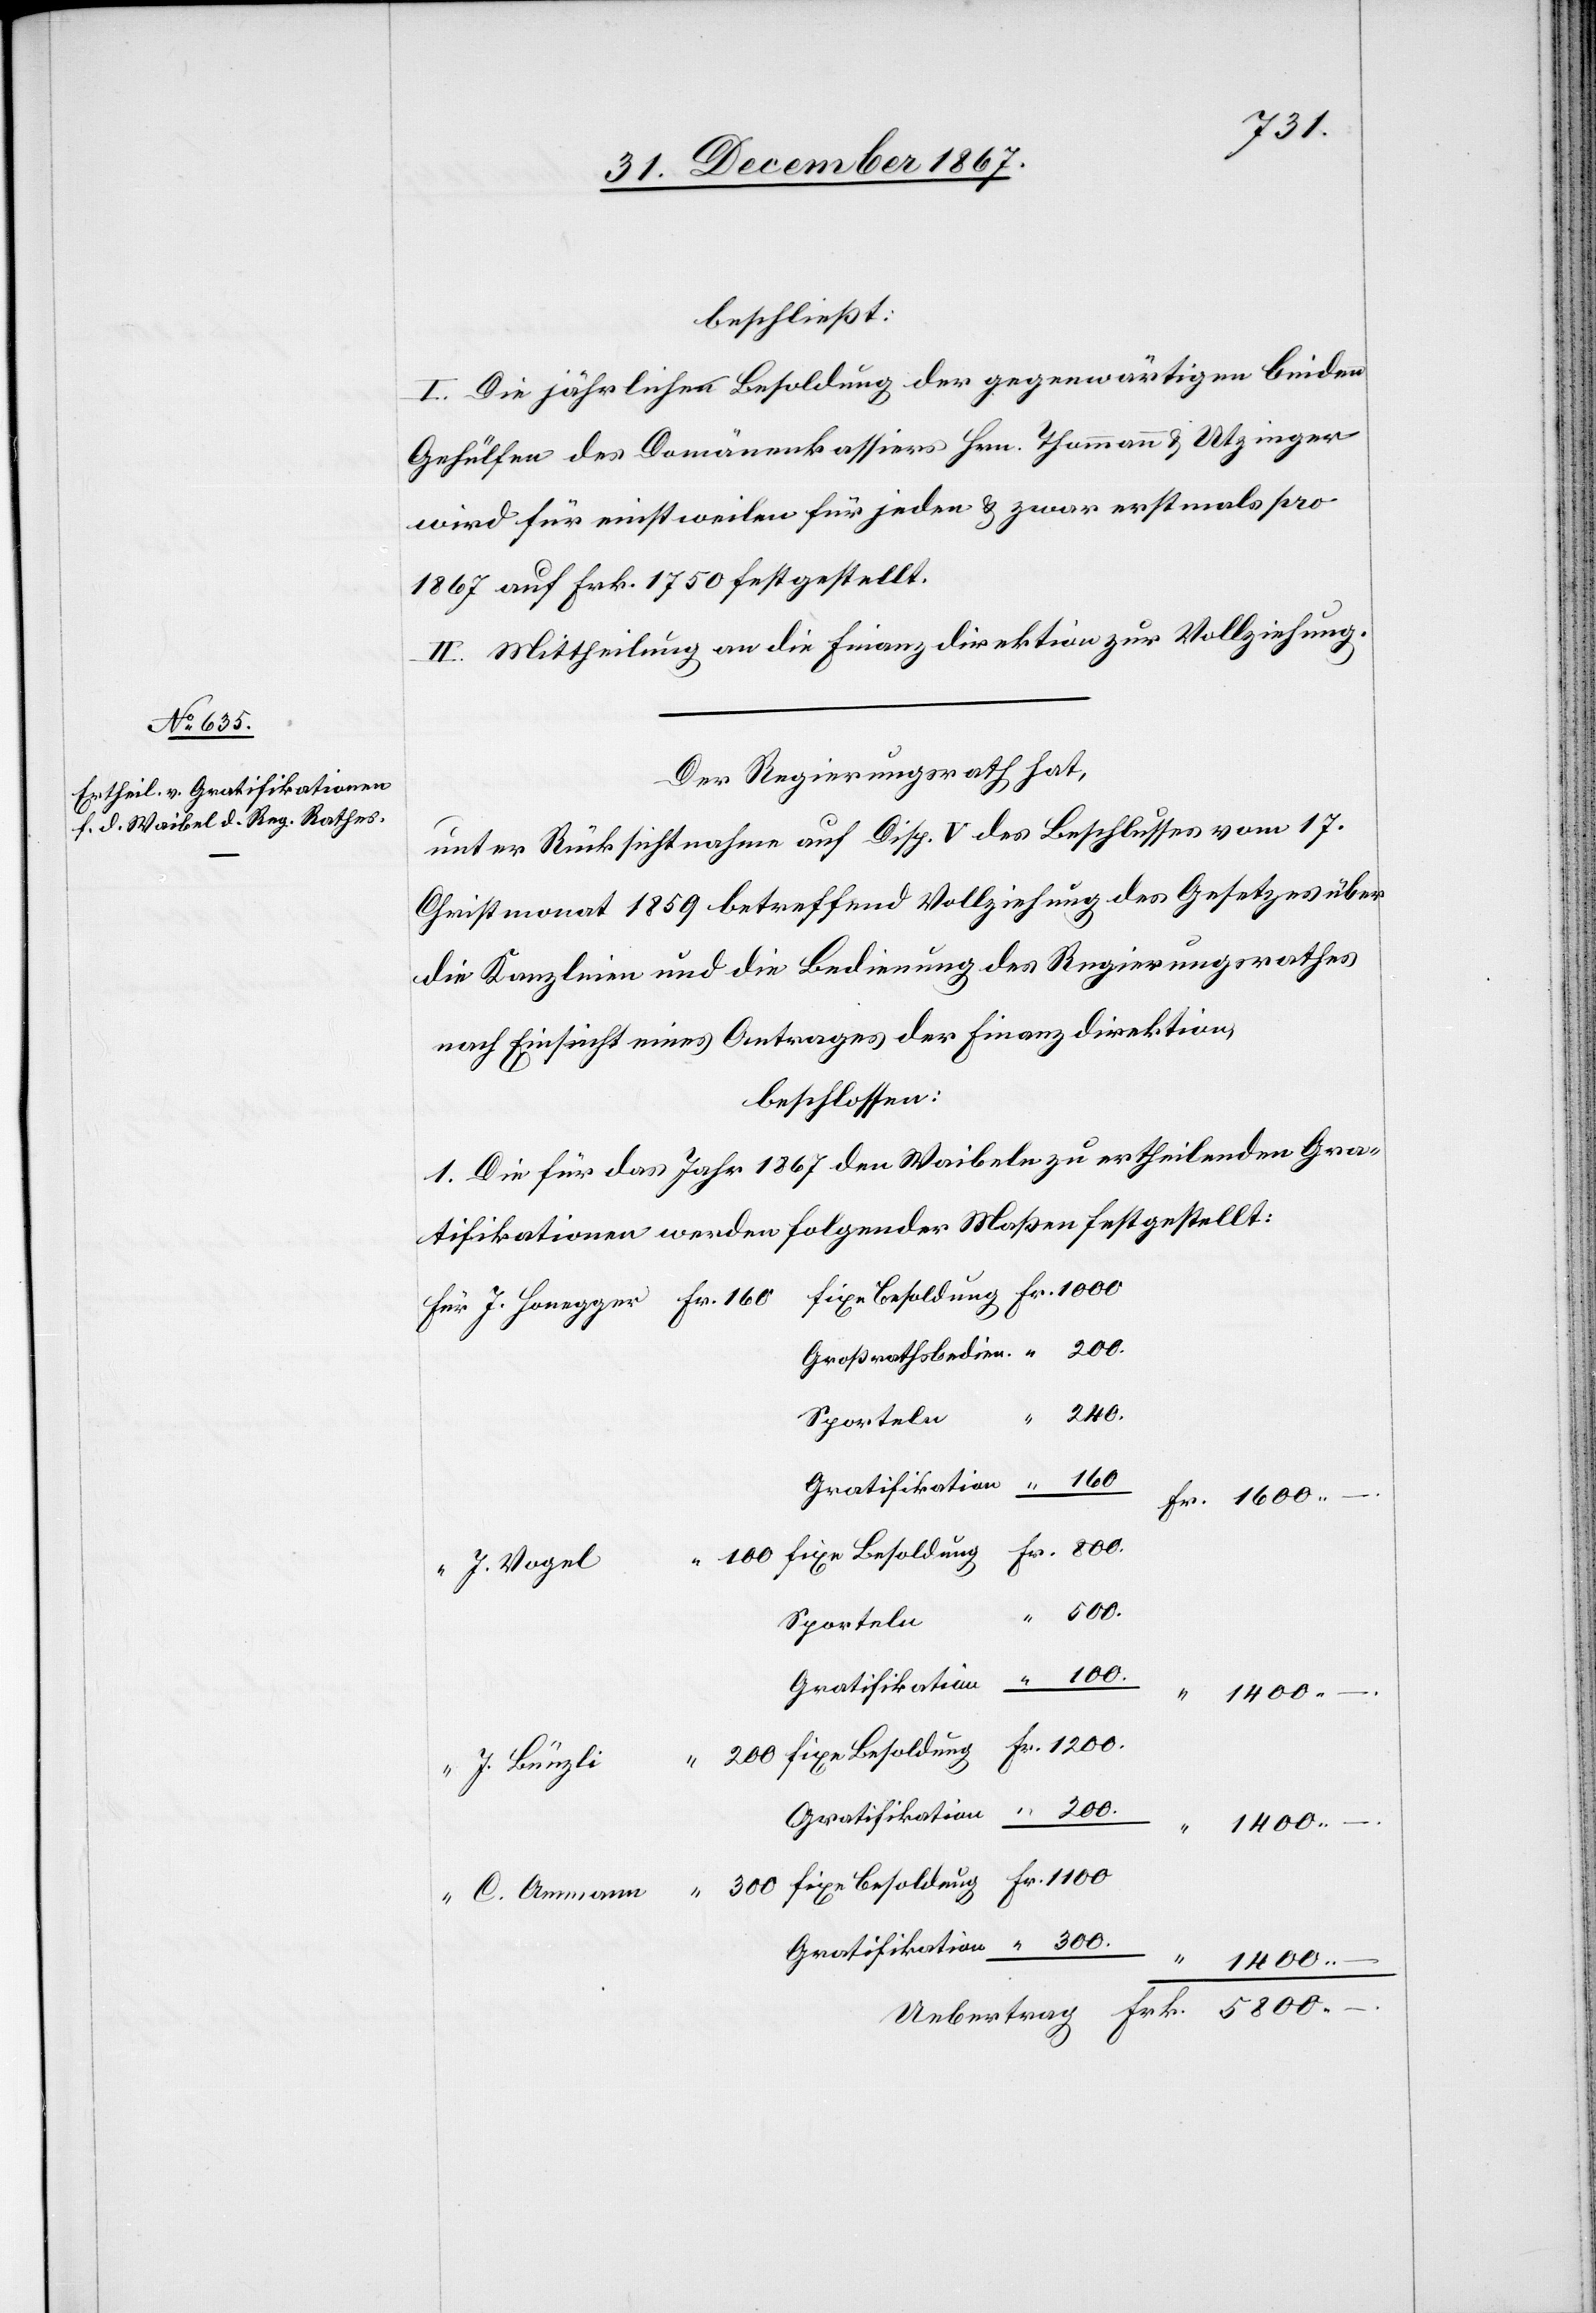
beschließt:
I. Die jährliche Besoldung der gegenwärtig beiden
Gehülfen des Domänenkassiers Hrn. Thommann u. Utzinger
wird für einstweilen für jeden u. zwar erstmals pro
1867 auf Frk. 1750 festgestellt.
II. Mittheilung an die Finanzdirektion zur Vollziehung.
Der Regierungsrath hat,
Christmonat 1859 betreffend Vollziehung des Gesetzes über
die Kanzleien und die Bedienung des Regierungsrathes,
nach Einsicht eines Antrages der Finanzdirektion,
beschlossen:
1. Die für das Jahr 1867 den Waibeln zu ertheilenden Gra¬
tifikationen werden folgender Maßen festgestellt:
Frk.
J. Vogel
Sporteln
1400.–